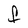
Character: F